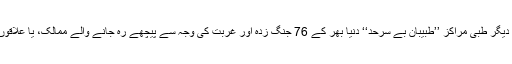
ایسے اسپتال اور دیگر طبی مراکز ’’طبیبانِ بے سرحد‘‘ دنیا بھر کے 76 جنگ زدہ اور غربت کی وجہ سے پیچھے رہ جانے والے ممالک، یا علاقوں میں چلاتی ہے۔